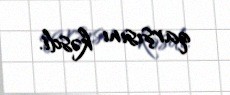
qarşısını kəsdi.